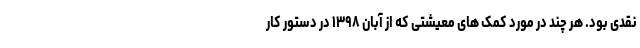
نقدی بود. هر چند در مورد کمک های معیشتی که از آبان ۱۳۹۸ در دستور کار